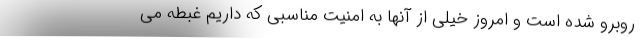
روبرو شده است و امروز خیلی از آنها به امنیت مناسبی که داریم غبطه می